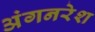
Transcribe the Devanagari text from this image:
अंगनरेश